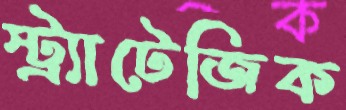
স্ট্র্যাটেজিক